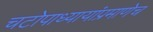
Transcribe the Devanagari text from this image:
चटोपाध्यायांप्रमाणेच